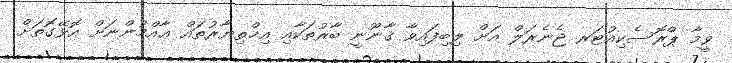
ވީމާ ޕްރޮސެކިއުޓަރ ޖެނެރަލް އަށް ލިބިފައިވާ ޤާނޫނީ ބާރުތަކާއި އިޚްތިޔާރުތައް ޢާއްމުންނަށް އޮޅޭގޮތަށް